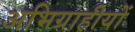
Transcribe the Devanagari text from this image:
अभिग्राहीयों